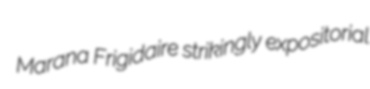
Marana Frigidaire strikingly expositorial